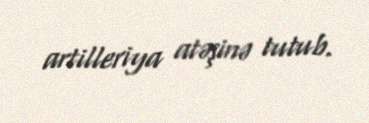
artilleriya atəşinə tutub.